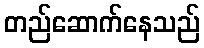
တည်ဆောက်နေသည်